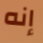
إنه